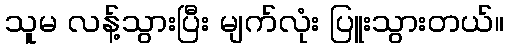
သူမ လန့်သွားပြီး မျက်လုံး ပြူးသွားတယ်။